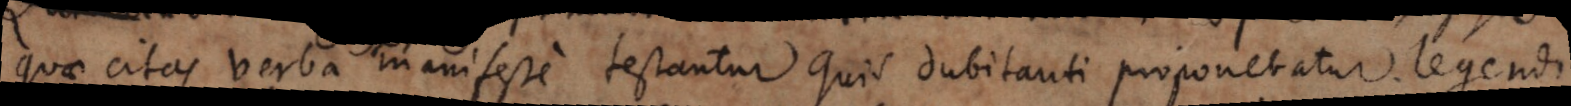
quae citas verba Chrysostomi manifeste testantur quis dubitanti proponebatur legendi